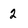
Character: 2